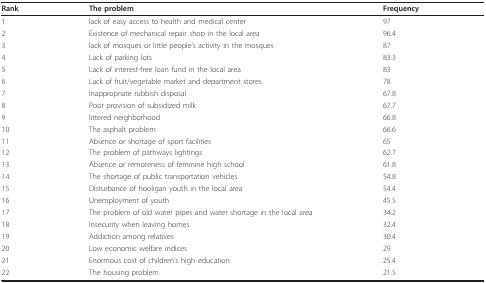
<table><thead><tr><td><b>Rank</b></td><td><b>The problem</b></td><td><b>Frequency</b></td></tr></thead><tbody><tr><td>1</td><td>lack of easy access to health and medical center</td><td>97</td></tr><tr><td>2</td><td>Existence of mechanical repair shop in the local area</td><td>96.4</td></tr><tr><td>3</td><td>lack of mosques or little people&#x27;s activity in the mosques</td><td>87</td></tr><tr><td>4</td><td>Lack of parking lots</td><td>83.3</td></tr><tr><td>5</td><td>Lack of interest-free loan fund in the local area</td><td>83</td></tr><tr><td>6</td><td>Lack of fruit/vegetable market and department stores</td><td>78</td></tr><tr><td>7</td><td>Inappropriate rubbish disposal</td><td>67.8</td></tr><tr><td>8</td><td>Poor provision of subsidized milk</td><td>67.7</td></tr><tr><td>9</td><td>littered neighborhood</td><td>66.8</td></tr><tr><td>10</td><td>The asphalt problem</td><td>66.6</td></tr><tr><td>11</td><td>Absence or shortage of sport facilities</td><td>65</td></tr><tr><td>12</td><td>The problem of pathways lightings</td><td>62.7</td></tr><tr><td>13</td><td>Absence or remoteness of feminine high school</td><td>61.8</td></tr><tr><td>14</td><td>The shortage of public transportation vehicles</td><td>54.8</td></tr><tr><td>15</td><td>Disturbance of hooligan youth in the local area</td><td>54.4</td></tr><tr><td>16</td><td>Unemployment of youth</td><td>45.5</td></tr><tr><td>17</td><td>The problem of old water pipes and water shortage in the local area</td><td>34.2</td></tr><tr><td>18</td><td>Insecurity when leaving homes</td><td>32.4</td></tr><tr><td>19</td><td>Addiction among relatives</td><td>30.4</td></tr><tr><td>20</td><td>Low economic welfare indices</td><td>29</td></tr><tr><td>21</td><td>Enormous cost of children&#x27;s high education</td><td>25.4</td></tr><tr><td>22</td><td>The housing problem</td><td>21.5</td></tr></tbody></table>